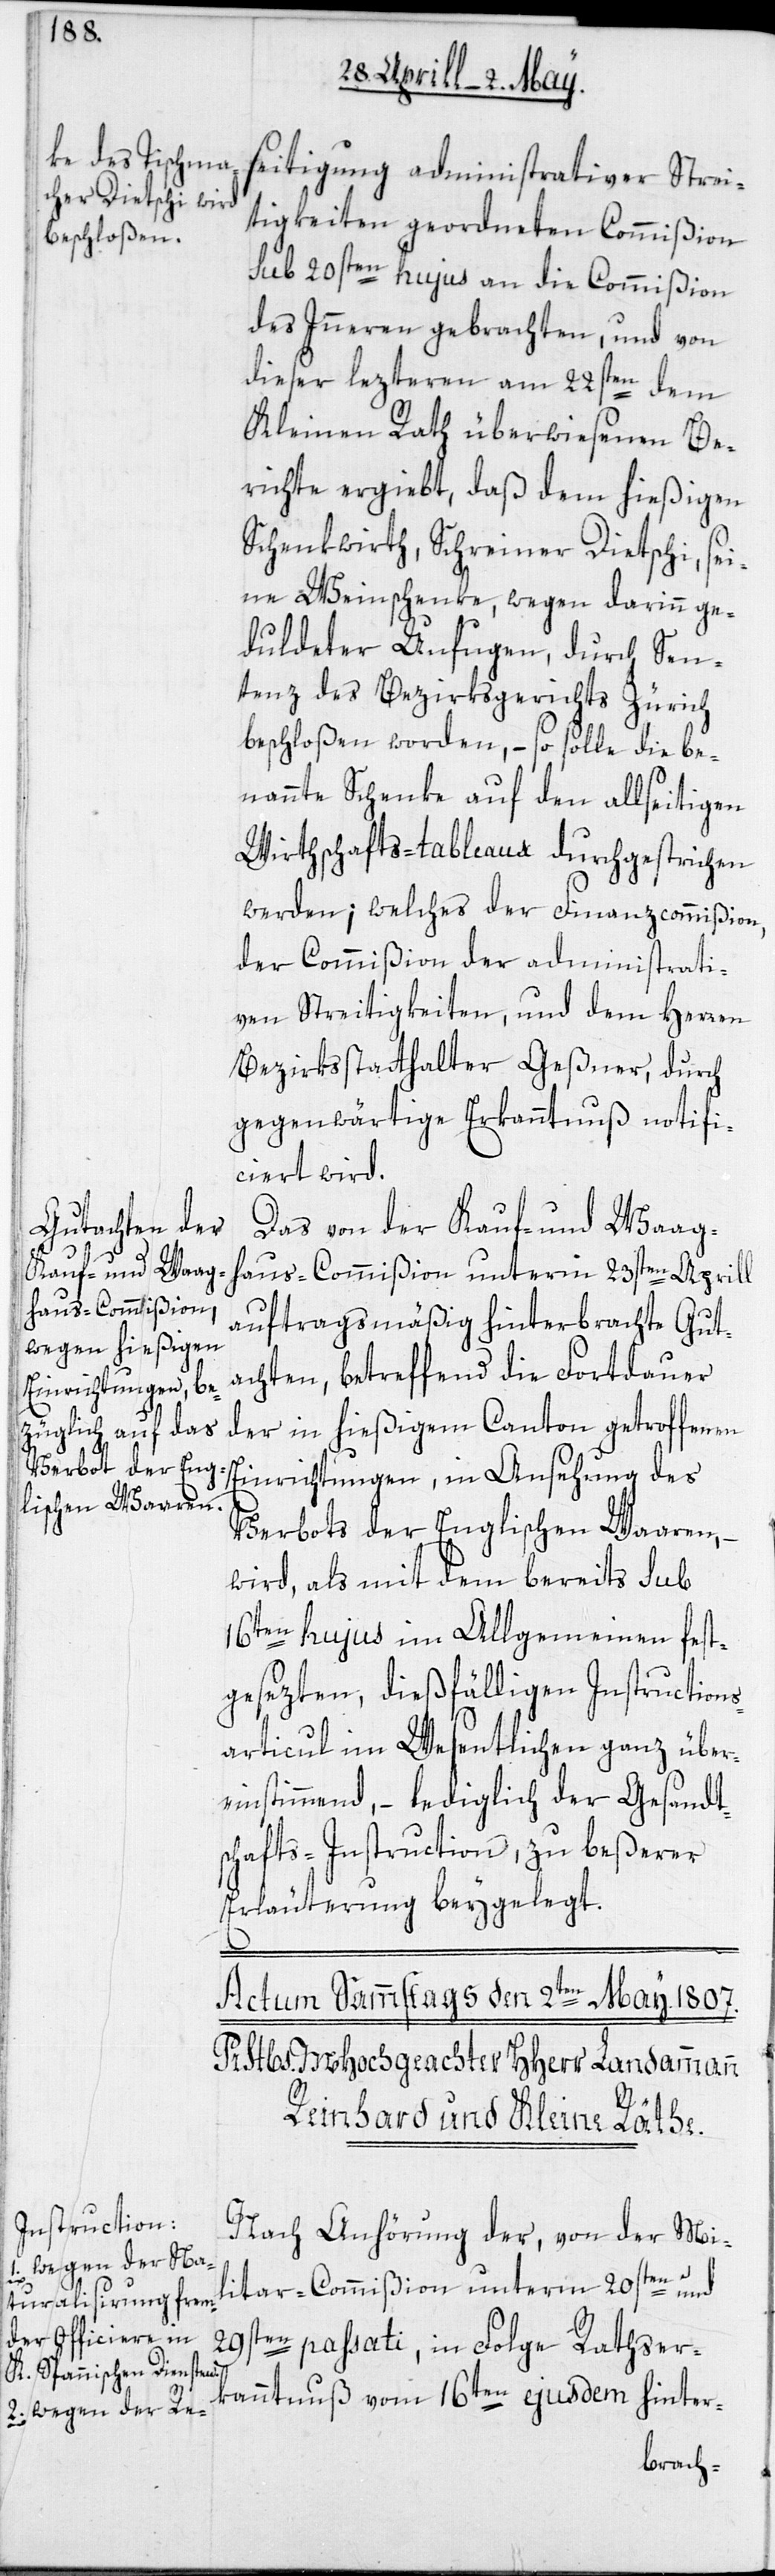
seitigung administrativer Strei¬
tigkeiten geordneten Commißion
sub 20sten hujus an die Commißion
des Inneren gebrachten, und von
dieser lezteren am 22sten dem
Kleinen Rath überwiesenen Be¬
richte ergiebt, daß dem hießigen
Schenkwirth, Schreiner Dietschi, sei¬
ne Weinschenke, wegen darinn ge¬
duldeter Unfugen, durch Sen¬
tenz des Bezirksgerichts Zürich
beschloßen worden, – so solle die be¬
nannte Schenke auf den allseitigen
Wirthschafts-tableaux durchgestrichen
werden; welches der Finanzcommißion,
der Commißion der administrati¬
ven Streitigkeiten, und dem Herren
Bezirksstatthalter Geßner, durch
gegenwärtige Erkanntnuß notifi¬
ciert wird.
Das von der Kauf- und Waag¬
haus-Commißion unterm 23sten Aprill
auftragsmäßig hinterbrachte Gut¬
achten, betreffend die Fortdauer
der in hießigem Canton getroffenen
Einrichtungen, in Ansehung des
Verbots der Englischen Waaren,
wird, als mit dem bereits sub
16ten hujus im Allgemeinen fest¬
gesezten, dießfälligen Instruction¬
sarticul im Wesentlichen ganz über¬
einstimmend, – lediglich der Gesandt¬
schafts-Instruction zu beßerer
Erläuterung beygelegt.
Nach Anhörung der, von der Mi¬
litar-Commißion unterm 20sten und
29sten passati, in Folge Rathser¬
kanntnuß vom 16ten ejusdem hinter-